Scottish Certificate of Education, 1963
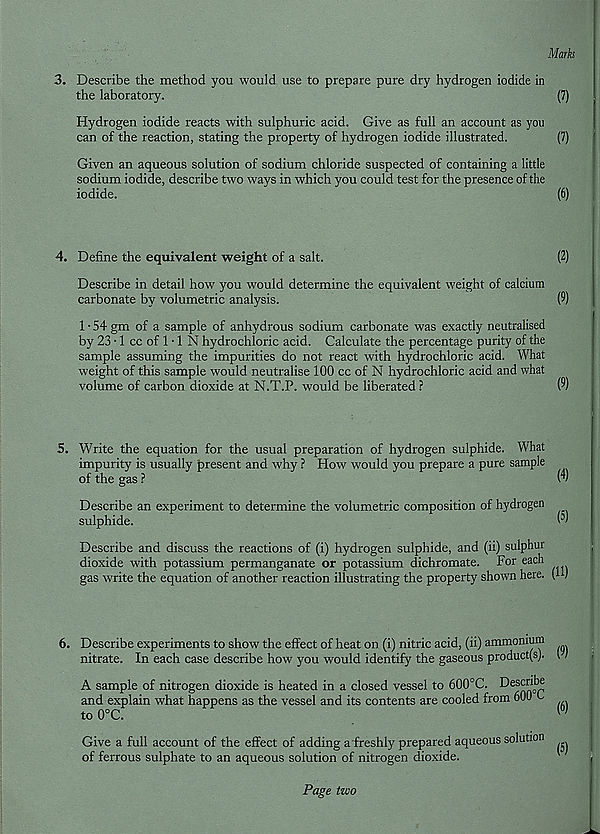
Marks
3. Describe the method you would use to prepare pure dry hydrogen iodide in
the laboratory.
(7)
Hydrogen iodide reacts with sulphuric acid. Give as full an account as you
can of the reaction, stating the property of hydrogen iodide illustrated.
(7)
Given an aqueous solution of sodium chloride suspected of containing a little
sodium iodide, describe two ways in which you could test for the presence of the
iodide.
(6)
4. Define the equivalent weight of a salt.
(2)
Describe in detail how you would determine the equivalent weight of calcium
carbonate by volumetric analysis.
(9)
1 • 54 gm of a sample of anhydrous sodium carbonate was exactly neutralised
by 23 • 1 cc of 1 • 1 N hydrochloric acid. Calculate the percentage purity of the
sample assuming the impurities do not react with hydrochloric acid. What
weight of this sample would neutralise 100 cc of N hydrochloric acid and what
volume of carbon dioxide at N.T.P. would be liberated ?
(9)
5. Write the equation for the usual preparation of hydrogen sulphide. What
impurity is usually present and why ? How would you prepare a pure sample
of the gas ?
(v
Describe an experiment to determine the volumetric composition of hydrogen
sulphide.
v'
Describe and discuss the reactions of (i) hydrogen sulphide, and (ii) sulphur
dioxide with potassium permanganate or potassium dichromate. For each
gas write the equation of another reaction illustrating the property shown here, (t 1
6. Describe experiments to show the effect of heat on (i) nitric acid, (ii) ammonium
nitrate. In each case describe how you would identify the gaseous product(s). 11
A sample of nitrogen dioxide is heated in a closed vessel to 600°C. Describe
and explain what happens as the vessel and its contents are cooled from 601) ^
to 0°C.
(6)
Give a full account of the effect of adding a freshly prepared aqueous solution
of ferrous sulphate to an aqueous solution of nitrogen dioxide.
Page two